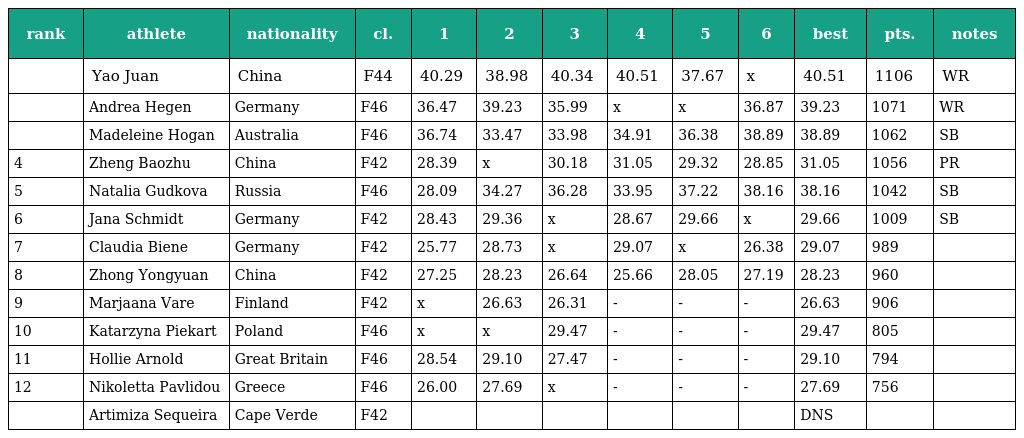
| rank | athlete | nationality | cl. | 1 | 2 | 3 | 4 | 5 | 6 | best | pts. | notes |
 | --- | --- | --- | --- | --- | --- | --- | --- | --- | --- | --- | --- | --- |
 |  | Yao Juan | China | F44 | 40.29 | 38.98 | 40.34 | 40.51 | 37.67 | x | 40.51 | 1106 | WR |
 |  | Andrea Hegen | Germany | F46 | 36.47 | 39.23 | 35.99 | x | x | 36.87 | 39.23 | 1071 | WR |
 |  | Madeleine Hogan | Australia | F46 | 36.74 | 33.47 | 33.98 | 34.91 | 36.38 | 38.89 | 38.89 | 1062 | SB |
 | 4 | Zheng Baozhu | China | F42 | 28.39 | x | 30.18 | 31.05 | 29.32 | 28.85 | 31.05 | 1056 | PR |
 | 5 | Natalia Gudkova | Russia | F46 | 28.09 | 34.27 | 36.28 | 33.95 | 37.22 | 38.16 | 38.16 | 1042 | SB |
 | 6 | Jana Schmidt | Germany | F42 | 28.43 | 29.36 | x | 28.67 | 29.66 | x | 29.66 | 1009 | SB |
 | 7 | Claudia Biene | Germany | F42 | 25.77 | 28.73 | x | 29.07 | x | 26.38 | 29.07 | 989 |  |
 | 8 | Zhong Yongyuan | China | F42 | 27.25 | 28.23 | 26.64 | 25.66 | 28.05 | 27.19 | 28.23 | 960 |  |
 | 9 | Marjaana Vare | Finland | F42 | x | 26.63 | 26.31 | - | - | - | 26.63 | 906 |  |
 | 10 | Katarzyna Piekart | Poland | F46 | x | x | 29.47 | - | - | - | 29.47 | 805 |  |
 | 11 | Hollie Arnold | Great Britain | F46 | 28.54 | 29.10 | 27.47 | - | - | - | 29.10 | 794 |  |
 | 12 | Nikoletta Pavlidou | Greece | F46 | 26.00 | 27.69 | x | - | - | - | 27.69 | 756 |  |
 |  | Artimiza Sequeira | Cape Verde | F42 |  |  |  |  |  |  | DNS |  |  |